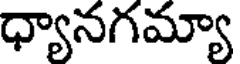
ధ్యానగమ్యా